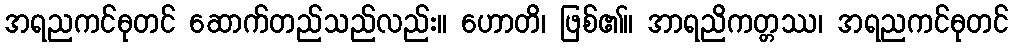
အရညကင်ဓုတင် ဆောက်တည်သည်လည်း။ ဟောတိ၊ ဖြစ်၏။ အာရညိကတ္တဿ၊ အရညကင်ဓုတင်